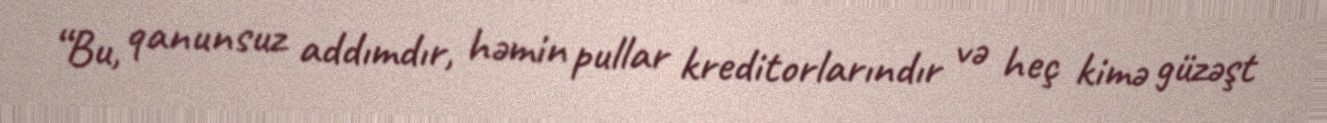
“Bu, qanunsuz addımdır, həmin pullar kreditorlarındır və heç kimə güzəşt